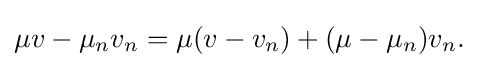
\displaystyle {\mu v-\mu _{n}v_{n}=\mu (v-v_{n})+(\mu -\mu _{n})v_{n}.}